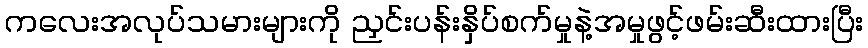
ကလေးအလုပ်သမားများကို ညှင်းပန်းနှိပ်စက်မှုနဲ့အမှုဖွင့်ဖမ်းဆီးထားပြီး